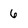
Character: 6